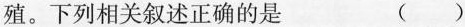
殖。下列相关叙述正确的是 ( )